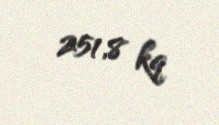
251,8 kq